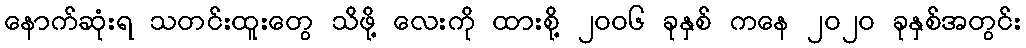
နောက်ဆုံးရ သတင်းထူးတွေ သိဖို့ လေးကို ထားစို့ ၂၀၀၆ ခုနှစ် ကနေ ၂၀၂၀ ခုနှစ်အတွင်း